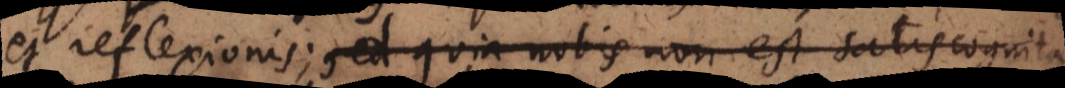
et reflexionis; sed quia nobis non est satis cognita